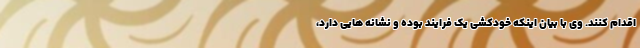
اقدام کنند. وی با بیان اینکه خودکشی یک فرایند بوده و نشانه هایی دارد،